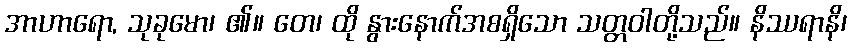
အာဟာရော, သုခုမော၊ ၏။ တေ၊ ထို နွားနောက်အစရှိသော သတ္တဝါတို့သည်။ နိဿရာနိ၊